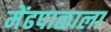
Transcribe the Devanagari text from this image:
मेंढपाळाला